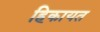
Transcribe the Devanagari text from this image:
हिकायत